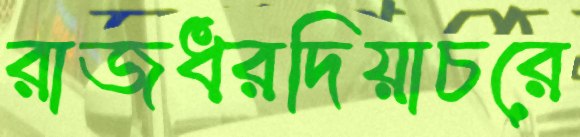
রাজধরদিয়াচরে